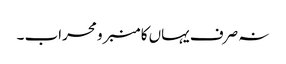
نہ صرف یہاں کا منبر و محراب ۔